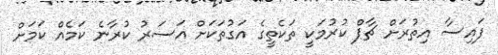
ފައިސާ އިތުރަށް ޗާޕް ކުރުމަކީ ތަކެތީގެ އަގުތަކަށް އަސަރު ކުރާނެ ކަމެއް ކަމަށް